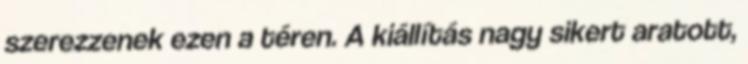
szerezzenek ezen a téren. A kiállítás nagy sikert aratott,